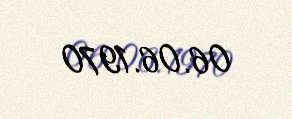
06.06.1970